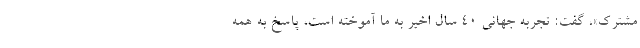
مشترک»، گفت: تجربه‌ جهانی ۴۰ سال اخیر به ما آموخته است، پاسخ به همه